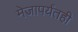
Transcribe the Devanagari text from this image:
मेजापर्यंतही